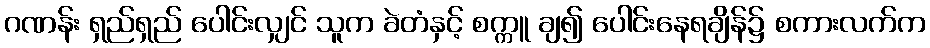
ဂဏန်း ရှည်ရှည် ပေါင်းလျှင် သူက ခဲတံနှင့် စက္ကူ ချ၍ ပေါင်းနေရချိန်၌ စကားလက်က